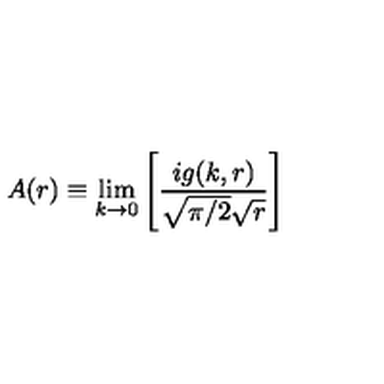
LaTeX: A ( r ) \equiv \lim _ { k \to 0 } \left[ { \frac { i g ( k , r ) } { \sqrt { \pi / 2 } \sqrt { r } } } \right]